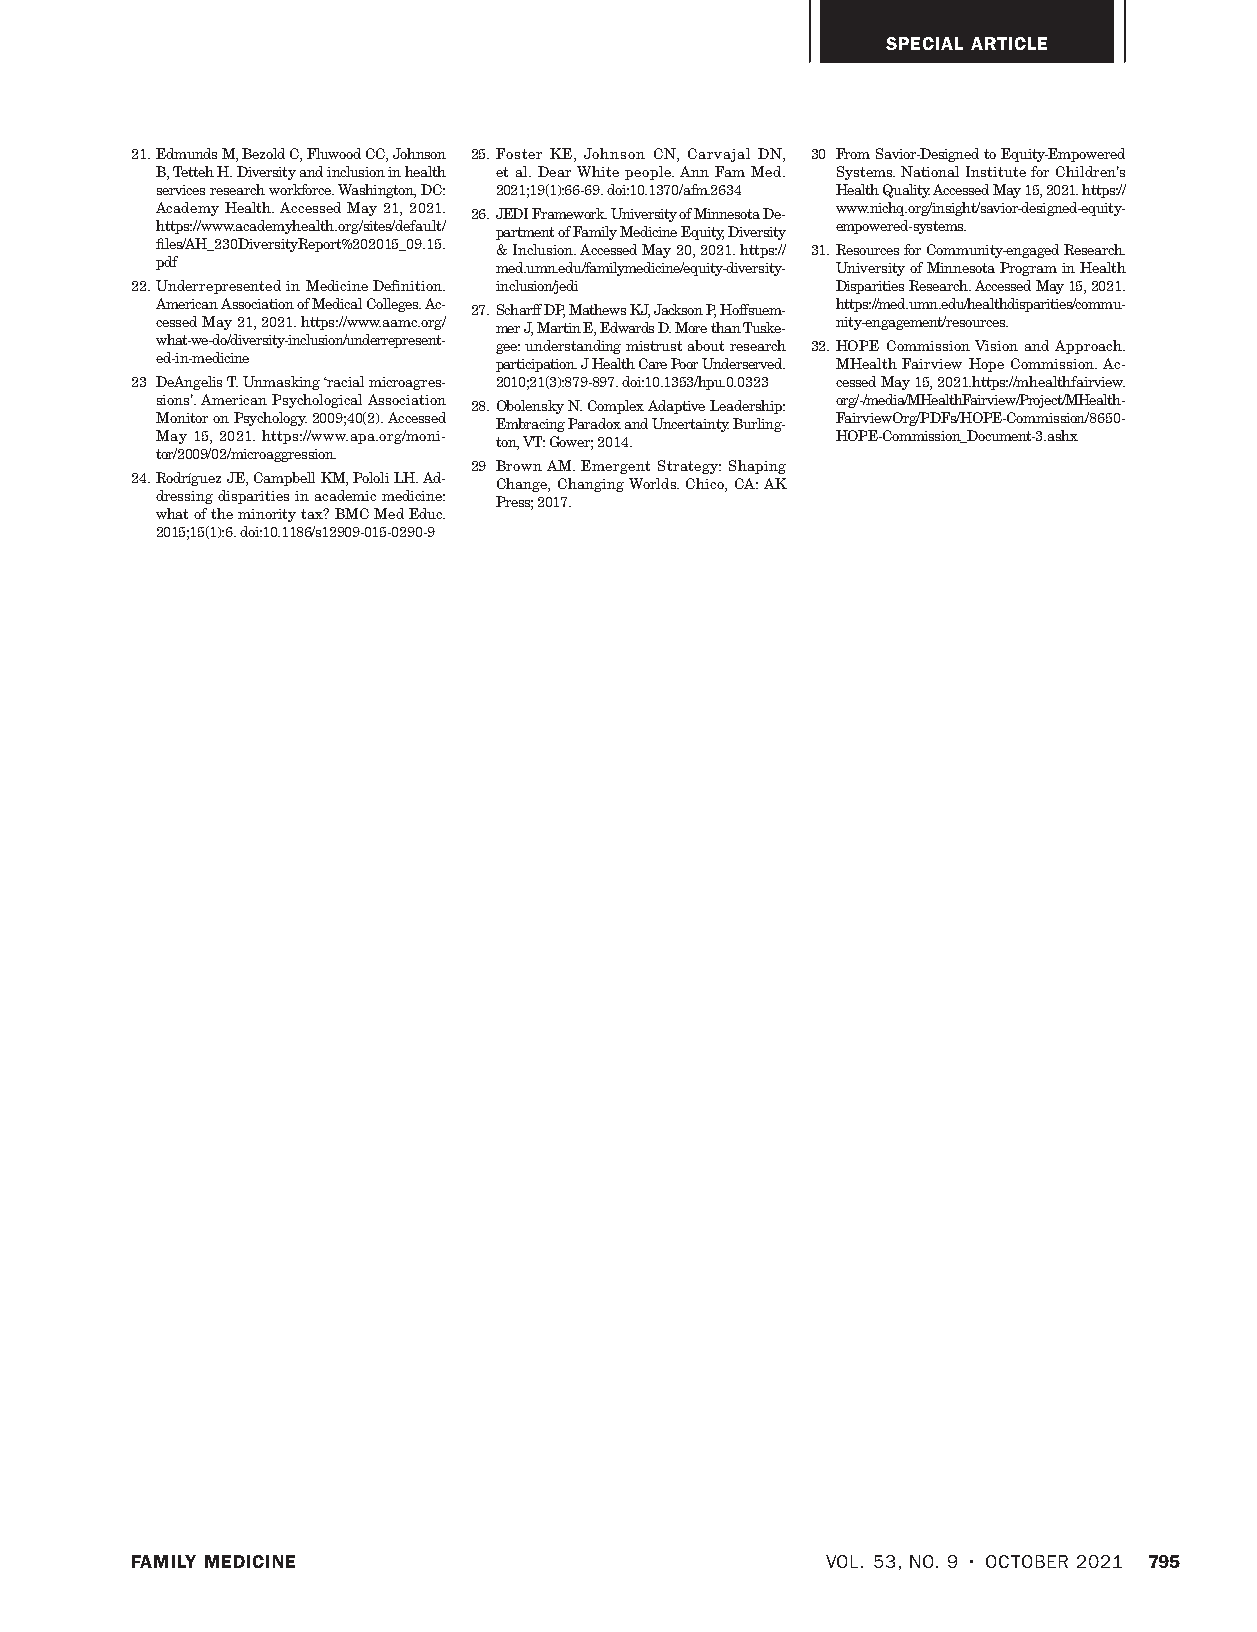
SPECIAL ARTICLE
 21. Edmunds M, Bezold C, Fluwood CC, Johnson 25. Foster KE, Johnson CN, Carvajal DN, 30 From Savior-Designed to Equity-Empowered
 B, Tetteh H. Diversity and inclusion in health et al. Dear White people. Ann Fam Med. Systems. National Institute for Children’s
 services research workforce. Washington, DC: 2021;19(1):66-69. doi:10.1370/afm.2634 Health Quality. Accessed May 15, 2021. https://
 Academy Health. Accessed May 21, 2021. 26. JEDI Framework. University of Minnesota De- www.nichq.org/insight/savior-designed-equity-
 https://www.academyhealth.org/sites/default/ partment of Family Medicine Equity, Diversity empowered-systems.
 files/AH_230DiversityReport%202015_09.15. & Inclusion. Accessed May 20, 2021. https:// 31. Resources for Community-engaged Research.
 pdf                    med.umn.edu/familymedicine/equity-diversity- University of Minnesota Program in Health
 22. Underrepresented in Medicine Definition. inclusion/jedi Disparities Research. Accessed May 15, 2021.
 American Association of Medical Colleges. Ac- 27. Scharff DP, Mathews KJ, Jackson P, Hoffsuem- https://med.umn.edu/healthdisparities/commu-
 cessed May 21, 2021. https://www.aamc.org/ mer J, Martin E, Edwards D. More than Tuske- nity-engagement/resources.
 what-we-do/diversity-inclusion/underrepresent- gee: understanding mistrust about research 32. HOPE Commission Vision and Approach.
 ed-in-medicine         participation. J Health Care Poor Underserved. MHealth Fairview Hope Commission. Ac-
 23 DeAngelis T. Unmasking ‘racial microagres- 2010;21(3):879-897. doi:10.1353/hpu.0.0323 cessed May 15, 2021.https://mhealthfairview.
 sions’. American Psychological Association 28. Obolensky N. Complex Adaptive Leadership: org/-/media/MHealthFairview/Project/MHealth-
 Monitor on Psychology. 2009;40(2). Accessed Embracing Paradox and Uncertainty. Burling- FairviewOrg/PDFs/HOPE-Commission/8650-
 May 15, 2021. https://www.apa.org/moni- ton, VT: Gower; 2014. HOPE-Commission_Document-3.ashx
 tor/2009/02/microaggression.
 29 Brown AM. Emergent Strategy: Shaping
 24. Rodríguez JE, Campbell KM, Pololi LH. Ad- Change, Changing Worlds. Chico, CA: AK
 dressing disparities in academic medicine: Press; 2017.
 what of the minority tax? BMC Med Educ.
 2015;15(1):6. doi:10.1186/s12909-015-0290-9
 FAMILY MEDICINE                               VOL. 53, NO. 9 • OCTOBER 2021 795